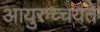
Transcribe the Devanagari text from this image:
आयुरुच्चयते